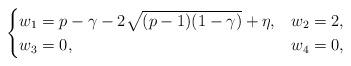
LaTeX: \begin{align*} \begin{aligned}\begin{cases} w_1= p-\gamma -2\sqrt{(p-1)(1-\gamma)} +\eta, &w_2=2, \\ w_3=0, &w_4=0,\end{cases}\end{aligned}\end{align*}